Annual administration report of the Civil Veterinary Department of India - 1894-1895
Year: 1894
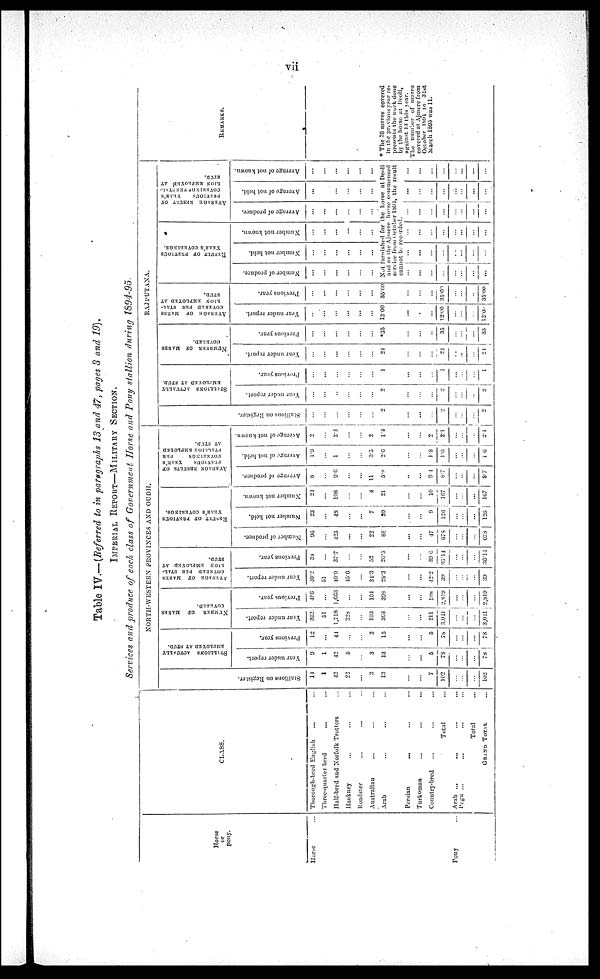
vii
Table IV.— (Referred to in paragraphs 13 and 47, pages 3 and 19).
IMPERIAL REPORT—MILITARY SECTION.
Services and produce of each class of Government Horse and Pony stallion during 1894-95.
Horse
or
pony.
Horse ...
Pony …
CLASS.
Thorough-bred English ... ...
Three-quarter bred ... ...
Half-bred and Norfolk Trotters ...
Hackney ... ... …
Roadster ... ... …
Australian ... ... …
Arab ... ... …
Persian ... ... …
Turkoman ... ... …
Country-bred ... ... ...
Total ...
Arab ... ... … …
Pegu ... ... … …
Total
GRAND TOTAL …
NORTH-WESTERN PROVINCES AND OUDH.
Stallions on Regi s t
er .
14
1
42
22
...
3
13
...
...
7
102
…
…
...
102
STALLONS ACTUALLY
EMPLOYED AT STUD.
Year under report.
9
1
42
5
...
3
13
...
...
5
78
…
…
...
78
Previous year.
12
...
41
...
...
2
15
...
...
5
78
…
…
...
78
NUMBER
OF MARES
COVERED.
Year under report.
362
51
1,718
228
...
103
363
...
...
211
3,041
…
…
...
3,041
Previous year.
456
1,663
...
...
101
308
...
...
198
2,819
…
…
...
2,819
AVERAGE OF MARES
COVERED PER STAL-
LION EMPLOYED AT
STUD.
Year under report.
40.2
51
49.9
45..6
...
31.3
28.3
...
...
42.2
39
…
…
...
39
Previous year.
38
...
37.7
...
...
52
26.5
...
...
39.6
36.14
…
…
...
36.14
RESULT OF PREVIOUS
YEAR'S
COVERINGS.
Number of produce.
96
...
425
...
...
22
88
...
...
47
678
…
…
678
Number not held.
23
...
48
...
...
7
39
...
... ...
9
126
…
…
...
126
Number not known.
24
...
108
...
...
4
21
...
...
10
167
…
…
167
AVERAGE
YEAR'S COVERINGS PER STALLION EMPLOYED AT STUD
Average of produce.
8
...
9.6
...
...
11
5.8
...
...
9.4
8.7
…
…
8.7
Average of not held.
1.9
...
1
...
...
3.5
2.6
...
...
1.8
1.6
…
…
1.6
Average of not known.
2
...
2.4
...
...
2
1.4
...
...
2
2.1
…
…
...
2.1
RAJPUTANA.
Stallions on Register.
...
...
...
...
...
...
2
...
...
...
2
…
…
...
2
STALLIONS ACTUALLY
EMPLOYED
AT STUD.
Year under report.
...
...
...
...
...
...
2
...
...
...
2
…
…
2
Previous year.
...
...
...
...
...
...
1
...
...
...
1
…
…
1
NUMBER OF MARES
COVERED.
Year under report.
...
...
...
...
...
...
24
...
...
...
24
…
…
...
24
Previous year.
...
...
...
...
...
...
*35
...
...
..
35
…
…
...
35
AVERAGE OF MARES
COVERED PER STAL-
---- EMPLOYED AT
STUD.
Year under report.
...
...
...
...
...
...
12.00
...
...
...
12.00
…
…
...
12.00
Previous year.
...
...
...
...
...
...
35.00
...
...
...
35.00
…
…
35.00
RESULT OF PREVIOUS
YEAR'S COVERINGS.
Number of produce.
...
...
...
...
...
...
Number not held.
...
...
...
...
...
...
Number not known.
...
...
...
...
...
...
AVERAGE RESULT OF
PREVIOUS
YEAR'S
COVERINGS PER STALL¬
LION EMPLOYED AT
STUD.
Average of produce.
...
...
...
...
...
...
Average of not held.
...
...
...
...
...
...
Average of not known.
...
...
...
...
...
...
Not furnished for the horse at Deoli
and as the Ajmere horse commenced
service from October 1894, the result
...
...
...
...
…
…
...
...
...
...
...
…
…
...
...
...
...
...
…
…
...
...
...
...
...
…
…
...
...
...
...
...
...
…
…
...
...
...
...
...
…
…
...
REMARKS.
* The 35 mares covered
in the previous year re¬
presents the work done
by the horse at Deoli,
against 13 this year.
The number of mares
covered at Ajmere from
October 1894 to 31st
March 1895 was 11.